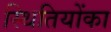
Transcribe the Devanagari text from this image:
स्थितियोंका